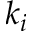
k _ { i }